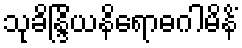
သုခိန္ဒြိယနိရောဓဂါမိနိံ